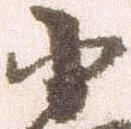
小